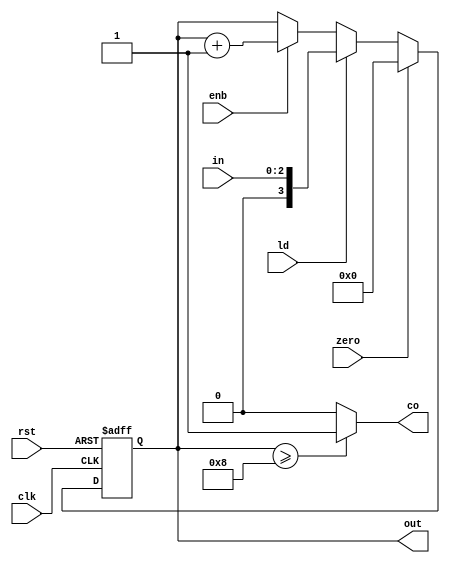
module counter (input clk,rst,zero,ld,enb, input [2:0] in ,output reg [3:0] out, output  co);
	always@(posedge clk, posedge rst)begin
		if(rst == 1'b1)
			out <= 0;
		else
			if(zero == 1'b1)
				out <= 0;
			else if(ld == 1'b1)
				out <= in;
			else if(enb == 1'b1)
				out <= out + 1'b1;
	end
	assign co = (out >= 4'b1000)? 1'b1: 1'b0;
endmodule